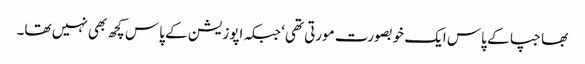
بھاجپا کے پاس ایک خوبصورت مورتی تھی‘ جبکہ اپوزیشن کے پاس کچھ بھی نہیں تھا۔